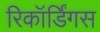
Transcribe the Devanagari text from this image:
रिकॉर्डिंगस